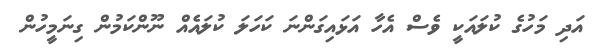
އަދި މަހުގެ ކުލައަކީ ވެސް އެހާ އަޅައިގަންނަ ކަހަލަ ކުލައެއް ނޫންކަމުން ގިނަމީހުން